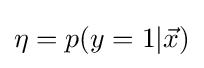
\eta =p(y=1|{\vec {x}})